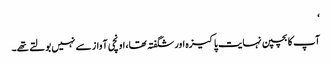
‘
آپ کا بچپن نہایت پاکیزہ اور شگفتہ تھا، اونچی آواز سے نہیں بولتے تھے۔